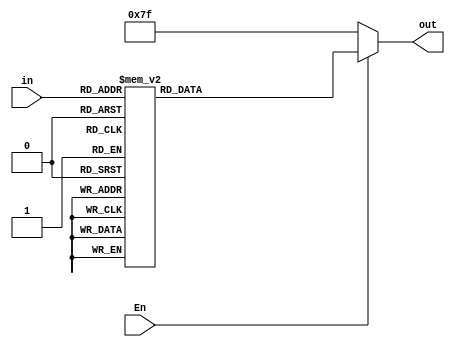
module IC7447(input[3:0] in, input En, output reg[0:6] out);
	always @(*)
	begin
		if (En == 1'b0)    out = 7'b1111111;
		else
		case(in)
			4'b0000: out = 7'b0000001; // "0" 
			4'b0001: out = 7'b1001111; // "1" 
			4'b0010: out = 7'b0010010; // "2" 
			4'b0011: out = 7'b0000110; // "3" 
			4'b0100: out = 7'b1001100; // "4" 
			4'b0101: out = 7'b0100100; // "5" 
			4'b0110: out = 7'b0100000; // "6" 
			4'b0111: out = 7'b0001111; // "7" 
			4'b1000: out = 7'b0000000; // "8"  
			4'b1001: out = 7'b0000100; // "9" 
			default: out = 7'b0000001; // "0"
		endcase
	end 
endmodule